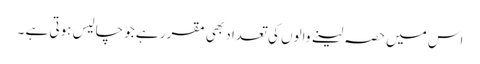
اس میں حصہ لینے والوں کی تعداد بھی مقرر ہے جو چالیس ہوتی ہے ۔